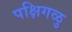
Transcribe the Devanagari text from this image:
पक्षिगळु